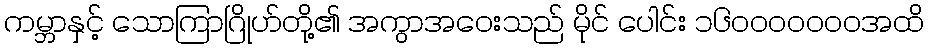
ကမ္ဘာနှင့် သောကြာဂြိုဟ်တို့၏ အကွာအဝေးသည် မိုင် ပေါင်း ၁၆၀၀၀၀၀၀၀အထိ